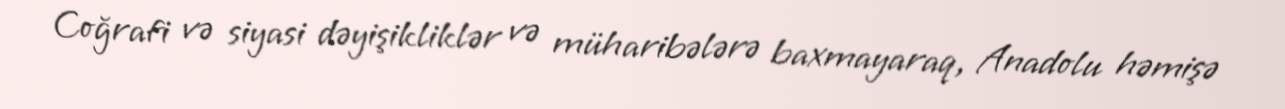
Coğrafi və siyasi dəyişikliklər və müharibələrə baxmayaraq, Anadolu həmişə